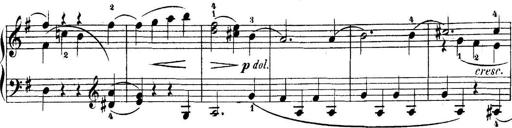
Title: 5 Sonatinas
Composer: Theodor Kirchner